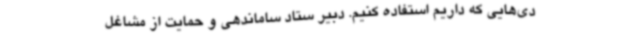
دی‌هایی که داریم استفاده کنیم. دبیر ستاد ساماندهی و حمایت از مشاغل